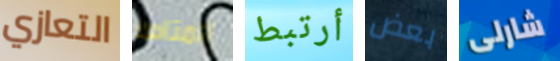
التعازي المتاهة أرتبط بعض شارلى